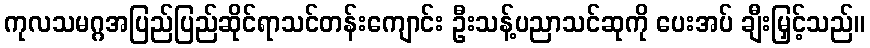
ကုလသမဂ္ဂအပြည်ပြည်ဆိုင်ရာသင်တန်းကျောင်း ဦးသန့်ပညာသင်ဆုကို ပေးအပ် ချီးမြှင့်သည်။